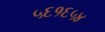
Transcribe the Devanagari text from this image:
५६१६५४